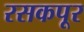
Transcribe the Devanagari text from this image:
रसकपूर